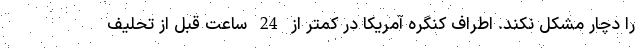
را دچار مشکل نکند. اطراف کنگره آمریکا در کمتر از 24 ساعت قبل از تحلیف